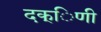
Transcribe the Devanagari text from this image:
दक्िणी